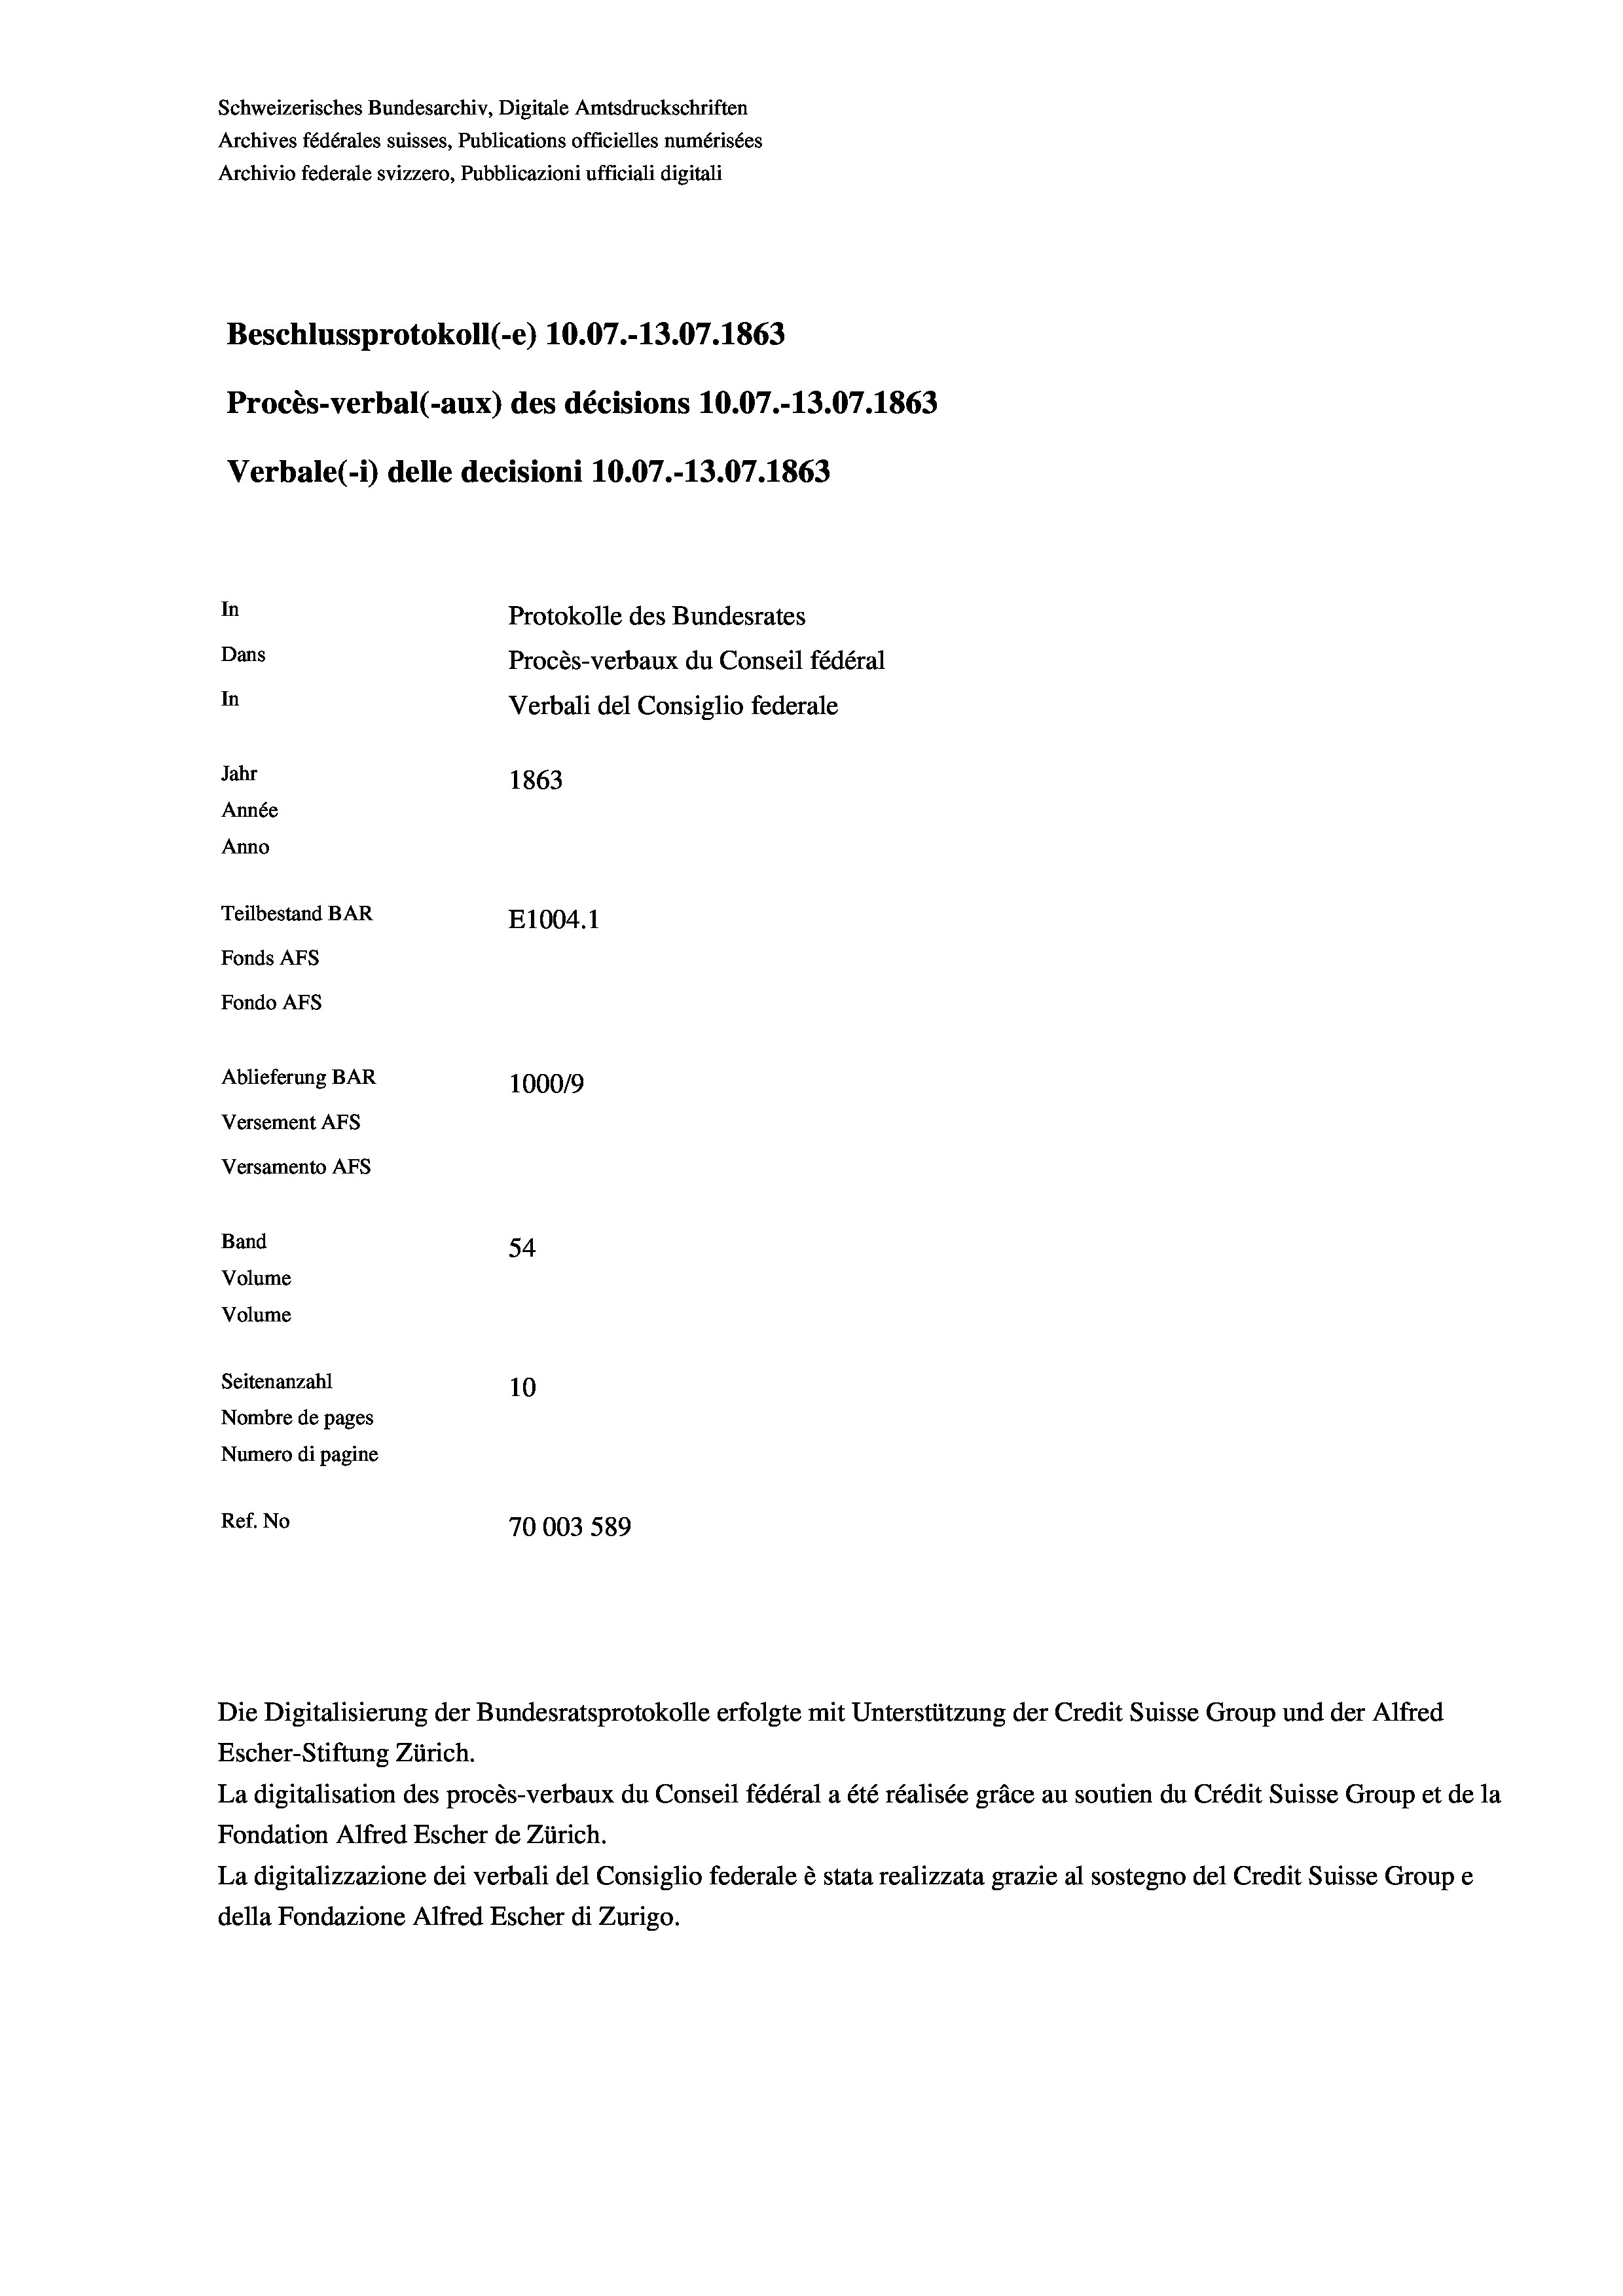
Schweizerisches Bundesarchiv, Digitale Amtsdruckschriften
Archives fédérales suisses, Publications officielles numérisées
Archivio federale svizzero, Pubblicazioni ufficiali digitali
Beschlussprotokoll (-e) 10.07.-13.07. 1863
Procès-verbal (-aux) des décisions 10.07.-13.07. 1863
Verbale (- 1) delle decisioni 10.07.-13.07. 1863
In
Protokolle des Bundesrates
Dans
Procès-verbaux du Conseil fédéral
In
Verbali del Consiglio federale
Jahr
1863
Année
Anno
Teilbestand BAR
E1004. 1
Fonds AFs
Fondo AFS
Ablieferung BAR
100019
Versement AFs
Versamento AFs
Band
54
Volume
Volume
Seitenanzahl
10
Nombre de pages
Numero di pagine
Ref. No
70003 589

Escher-Stiftung Zürich.
La digitalisation des procès-verbaux du Conseil fédéral a été réalisée gräce au soutien du Crédit Suisse Group et de la
Fondation Alfred Escher de Zürich.
La digitalizzazione dei verbali del Consiglio federale è stata realizzata grazie al sostegno del Credit Suisse Groupe
della Fondazione Alfred Escher di Zurigo.

Die Digitalisierung der Bundesratsprotokolle erfolgte mit Unterstützung der Credit Suisse Group und der Alfred